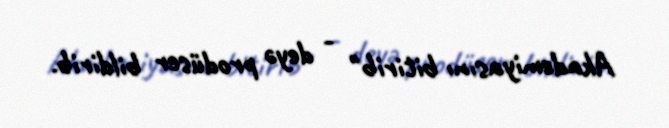
Akademiyasını bitirib" - deyə prodüser bildirib.